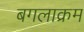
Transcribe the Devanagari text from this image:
बगलाक्रम